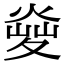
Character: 𤋬